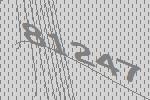
81247